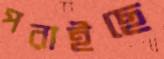
পরাইছে